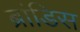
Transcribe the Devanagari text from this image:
ब्रांडिस